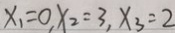
x _ { 1 } = 0 , x _ { 2 } = 3 , x _ { 3 } = 2